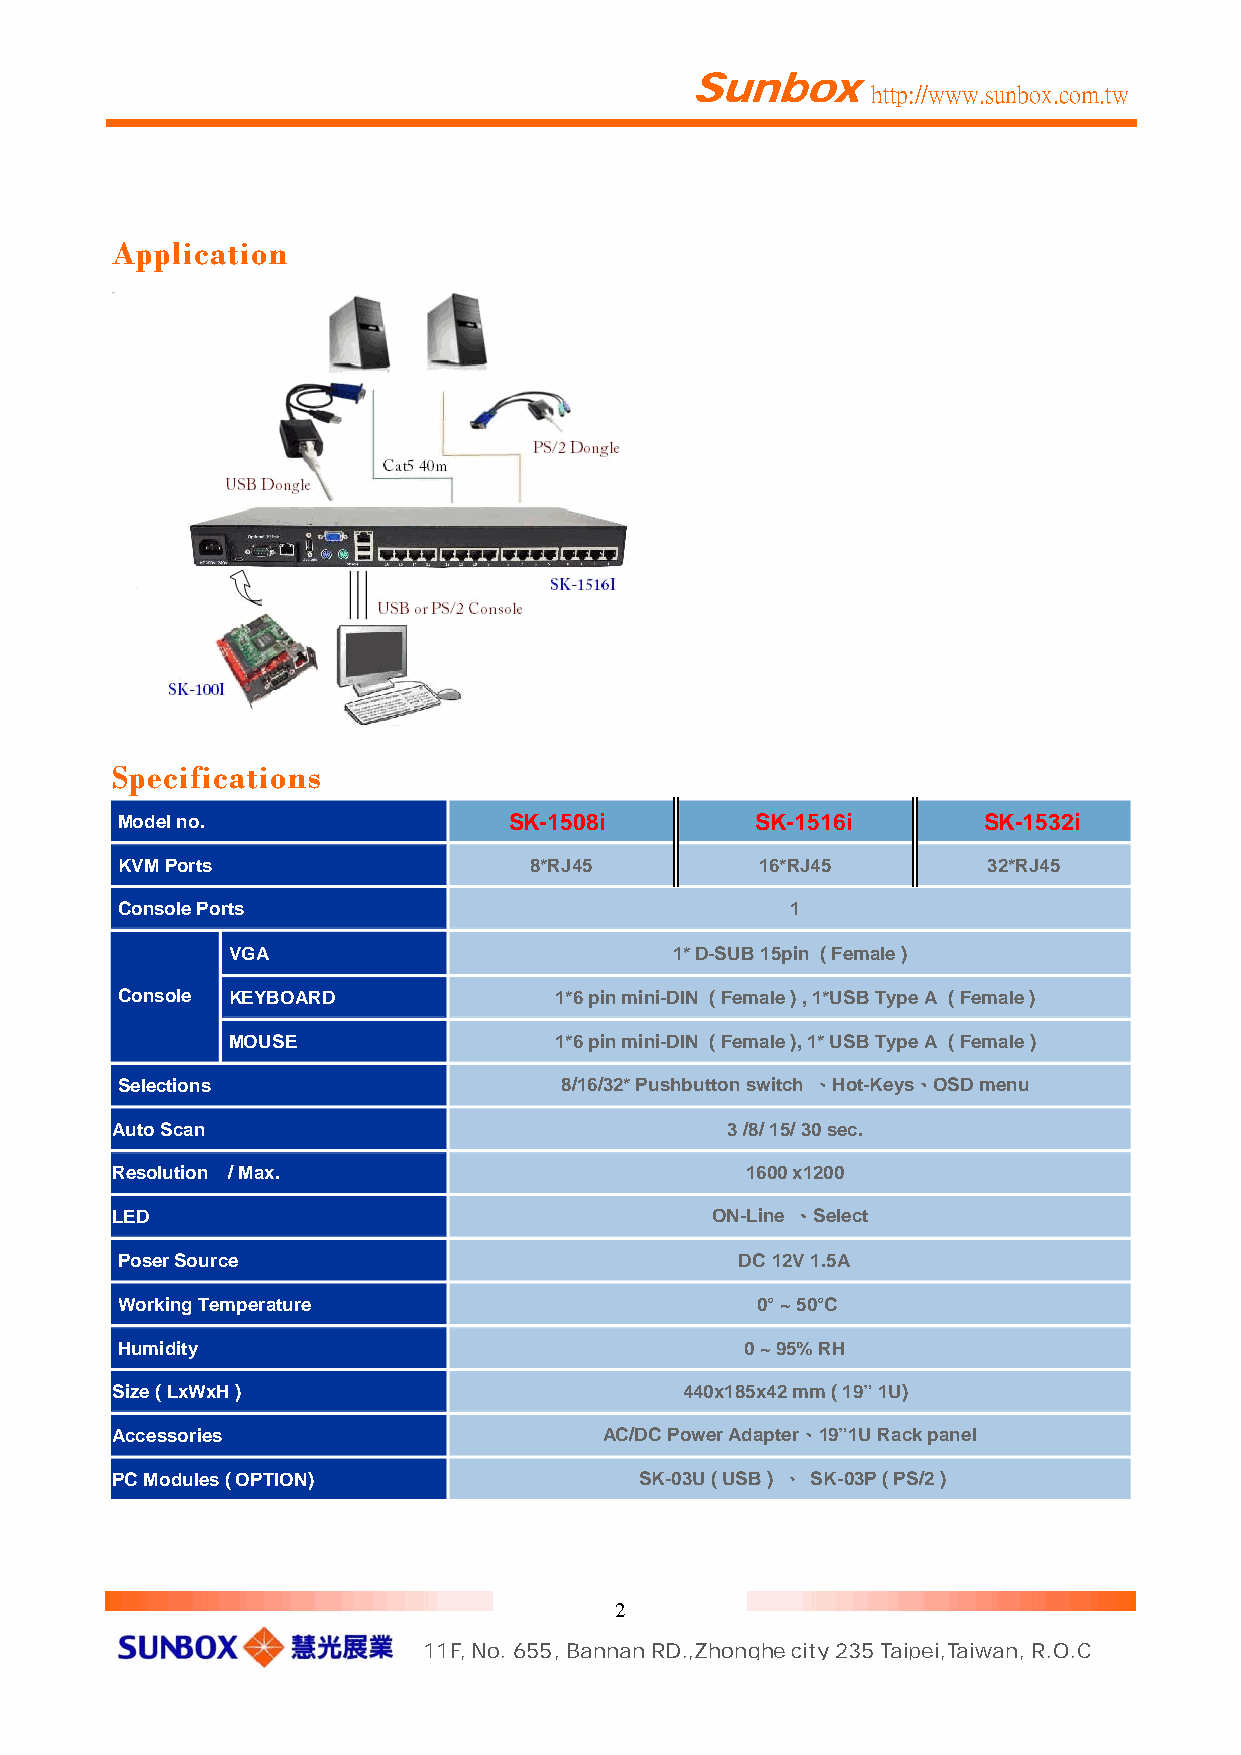
Sunbox
 http://www.sunbox.com.tw
 Application
 Specifications
 Model no.                 SK-1508i        SK-1516i       SK-1532i
 KVM Ports                  8*RJ45         16*RJ45        32*RJ45
 Console Ports                               1
 VGA                          1* D-SUB 15pin ( Female )
 Console KEYBOARD             1*6 pin mini-DIN ( Female ) , 1*USB Type A ( Female )
 MOUSE                 1*6 pin mini-DIN ( Female ), 1* USB Type A ( Female )
 Selections                   8/16/32* Pushbutton switch 、Hot-Keys、OSD menu
 Auto Scan                                3 /8/ 15/ 30 sec.
 Resolution / Max.                         1600 x1200
 LED                                     ON-Line 、Select
 Poser Source                             DC 12V 1.5A
 Working Temperature                       0° ~ 50°C
 Humidity                                 0 ~ 95% RH
 Size ( LxWxH )                        440x185x42 mm ( 19” 1U)
 Accessories                      AC/DC Power Adapter、19”1U Rack panel
 PC Modules ( OPTION)               SK-03U ( USB ) 、 SK-03P ( PS/2 )
 2
 11F, No. 655, Bannan RD.,Zhonghe city 235 Taipei,Taiwan, R.O.C